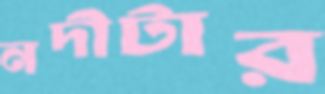
নদীটার